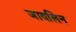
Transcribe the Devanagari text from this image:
जावलिन